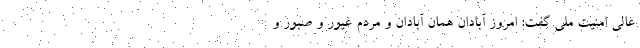
عالی امنیت ملی گفت: امروز آبادان همان آبادان و مردم غیور و صبور و